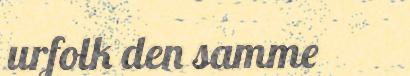
urfolk den samme